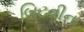
બિટવીન